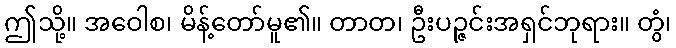
ဤသို့။ အဝေါစ၊ မိန့်တော်မူ၏။ တာတ၊ ဦးပဉ္ဇင်းအရှင်ဘုရား။ တွံ၊